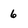
Character: 6